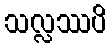
သလ္လဿပိ